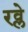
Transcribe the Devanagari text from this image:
रव्ले